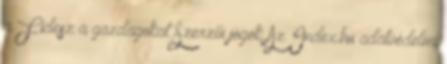
a Fidesz a gazdagokat Szerzői jogok Az Index.hu adatvédelmi